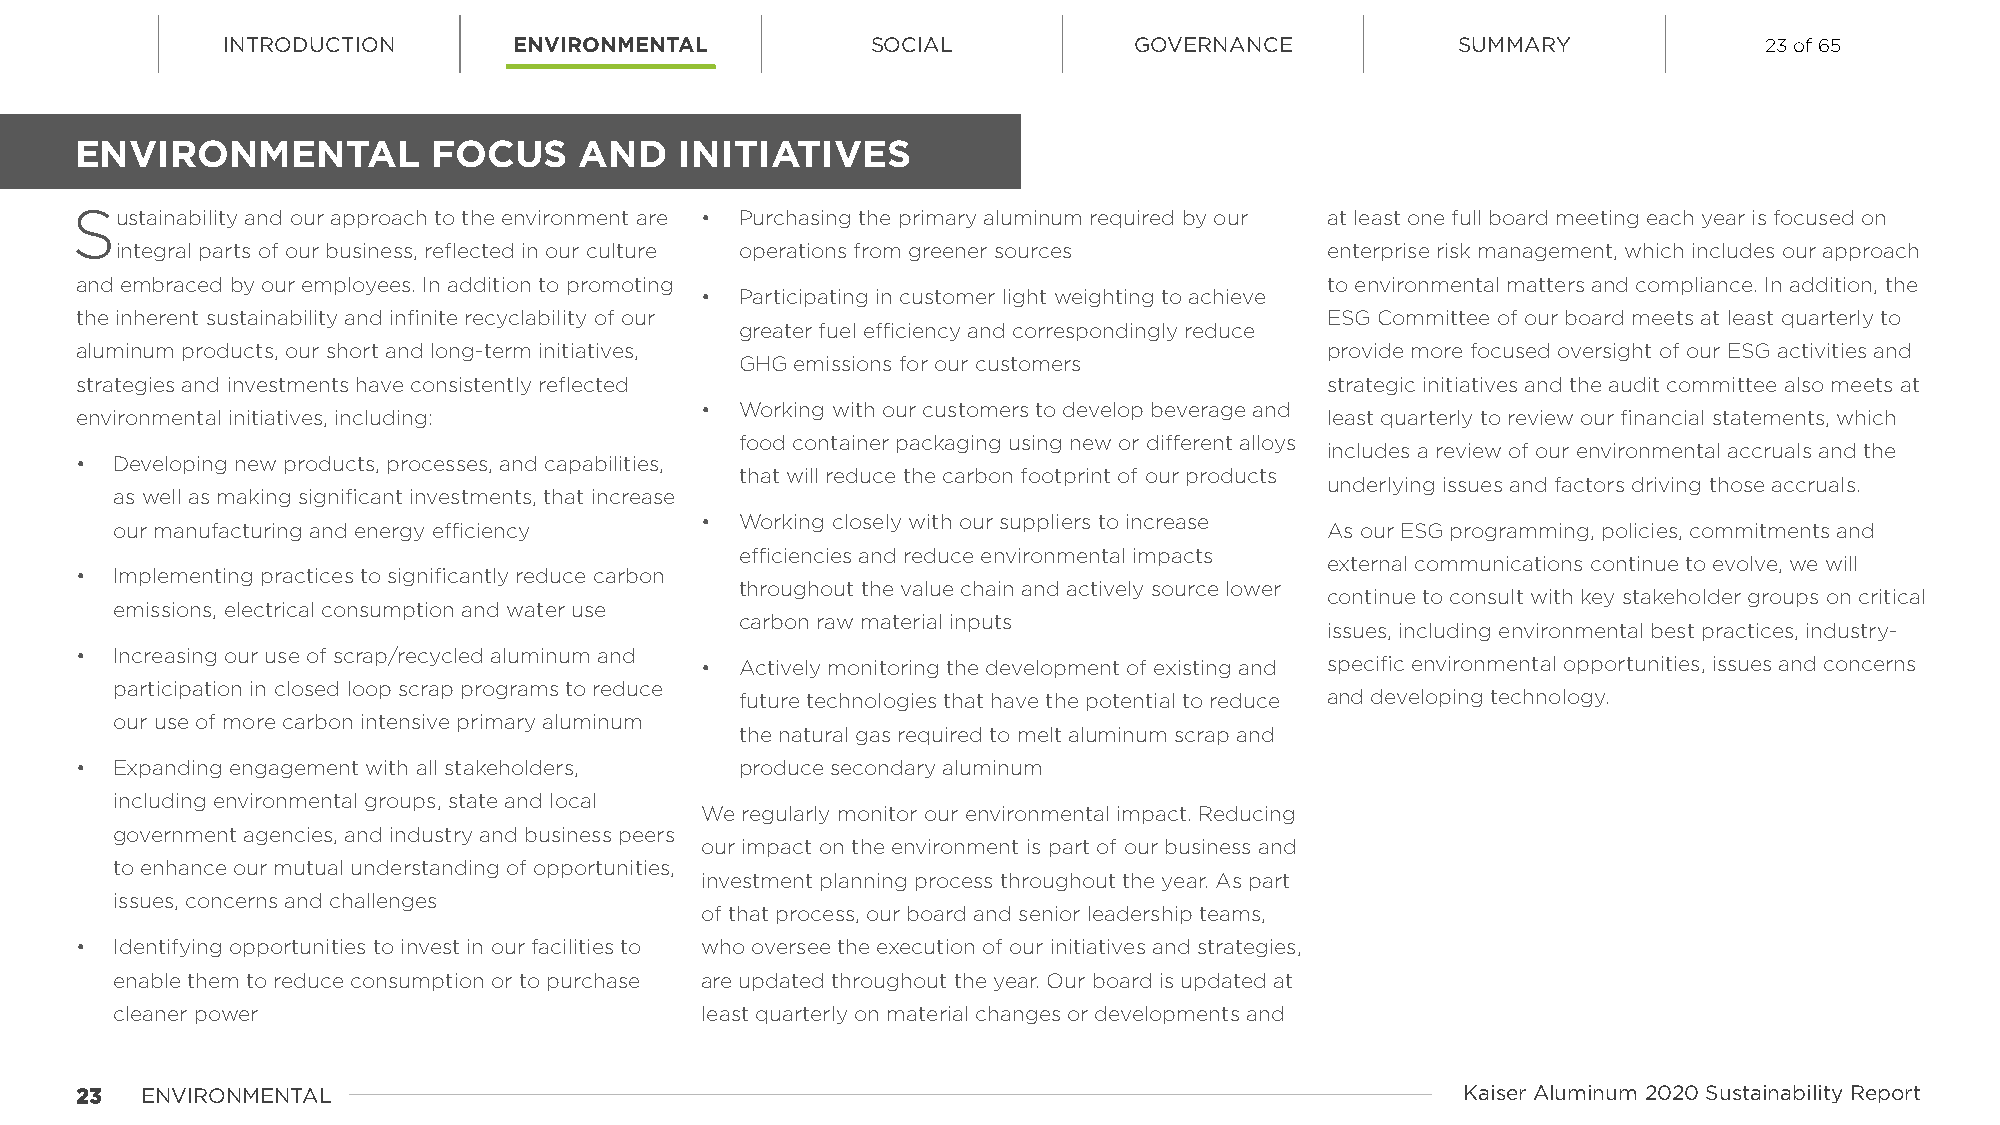
INTRODUCTION       ENVIRONMENTAL           SOCIAL           GOVERNANCE            SUMMARY             23 of 65
 ENVIRONMENTAL           FOCUS    AND    INITIATIVES
 Sustainability and our approach to the environment are • Purchasing the primary aluminum required by our at least one full board meeting each year is focused on
 integral parts of our business, reflected in our culture operations from greener sources enterprise risk management, which includes our approach
 and embraced by our employees. In addition to promoting                            to environmental matters and compliance. In addition, the
 •  Participating in customer light weighting to achieve
 the inherent sustainability and infinite recyclability of our                      ESG Committee of our board meets at least quarterly to
 greater fuel efficiency and correspondingly reduce
 aluminum products, our short and long-term initiatives,                            provide more focused oversight of our ESG activities and
 GHG emissions for our customers
 strategies and investments have consistently reflected                             strategic initiatives and the audit committee also meets at
 •  Working with our customers to develop beverage and
 environmental initiatives, including:                                              least quarterly to review our financial statements, which
 food container packaging using new or different alloys
 includes a review of our environmental accruals and the
 • Developing new products, processes, and capabilities,
 that will reduce the carbon footprint of our products
 underlying issues and factors driving those accruals.
 as well as making significant investments, that increase
 •  Working closely with our suppliers to increase
 our manufacturing and energy efficiency                                          As our ESG programming, policies, commitments and
 efficiencies and reduce environmental impacts
 external communications continue to evolve, we will
 • Implementing practices to significantly reduce carbon
 throughout the value chain and actively source lower
 continue to consult with key stakeholder groups on critical
 emissions, electrical consumption and water use
 carbon raw material inputs
 issues, including environmental best practices, industry-
 • Increasing our use of scrap/recycled aluminum and
 •  Actively monitoring the development of existing and specific environmental opportunities, issues and concerns
 participation in closed loop scrap programs to reduce
 future technologies that have the potential to reduce and developing technology.
 our use of more carbon intensive primary aluminum
 the natural gas required to melt aluminum scrap and
 • Expanding engagement with all stakeholders, produce secondary aluminum
 including environmental groups, state and local
 We regularly monitor our environmental impact. Reducing
 government agencies, and industry and business peers
 our impact on the environment is part of our business and
 to enhance our mutual understanding of opportunities,
 investment planning process throughout the year. As part
 issues, concerns and challenges
 of that process, our board and senior leadership teams,
 • Identifying opportunities to invest in our facilities to who oversee the execution of our initiatives and strategies,
 enable them to reduce consumption or to purchase are updated throughout the year. Our board is updated at
 cleaner power                          least quarterly on material changes or developments and
 2233 ENVIRONMENTAL                                                                          Kaiser Aluminum 2020 Sustainability Report